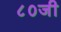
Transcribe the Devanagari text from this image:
८०जी